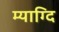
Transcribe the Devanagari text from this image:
म्याग्दि